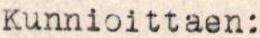
Kunnioittaen: